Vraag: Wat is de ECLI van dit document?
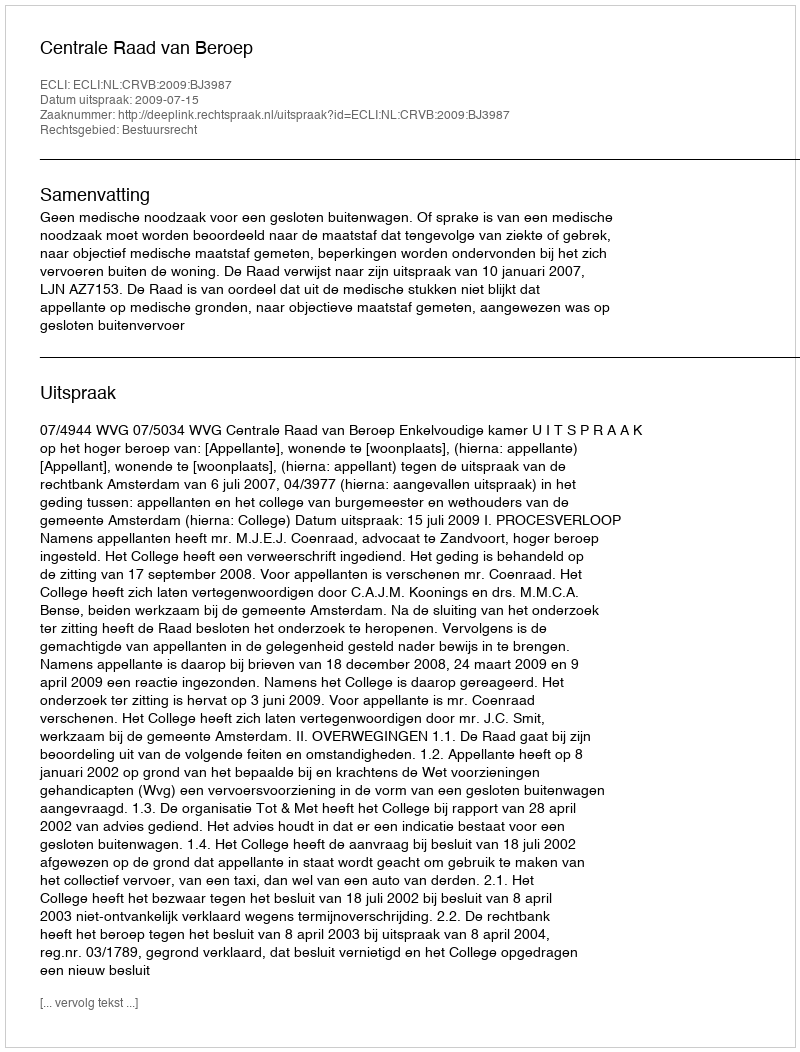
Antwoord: ECLI:NL:CRVB:2009:BJ3987